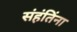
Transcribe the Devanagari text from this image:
संहंतिंना